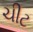
ચીટ